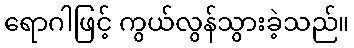
ရောဂါဖြင့် ကွယ်လွန်သွားခဲ့သည်။